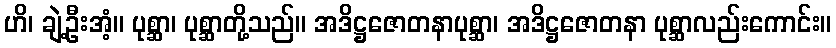
ဟိ၊ ချဲ့ဦးအံ့။ ပုစ္ဆာ၊ ပုစ္ဆာတို့သည်။ အဒိဋ္ဌဇောတနာပုစ္ဆာ၊ အဒိဋ္ဌဇောတနာ ပုစ္ဆာလည်းကောင်း။